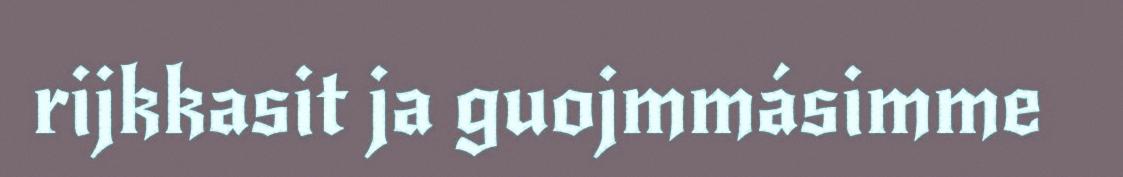
rijkkasit ja guojmmásimme